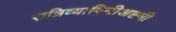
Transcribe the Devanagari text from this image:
रात्रिव्यापिनीअष्टमी